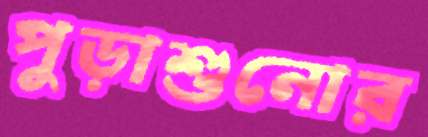
পুড়াশুনোর